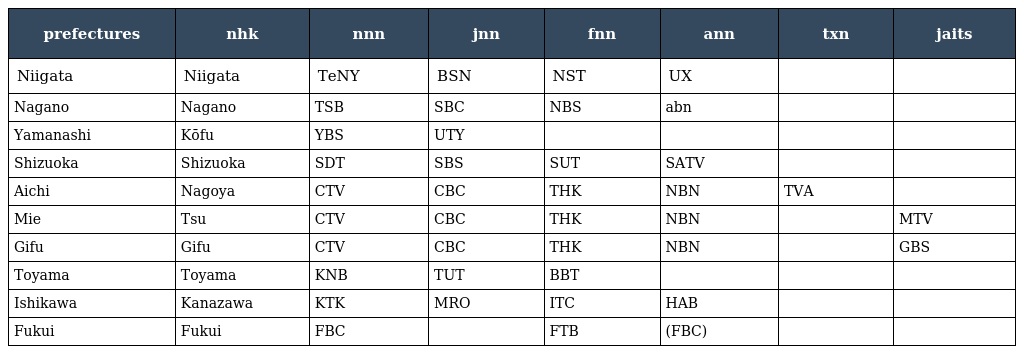
| prefectures | nhk | nnn | jnn | fnn | ann | txn | jaits |
 | --- | --- | --- | --- | --- | --- | --- | --- |
 | Niigata | Niigata | TeNY | BSN | NST | UX |  |  |
 | Nagano | Nagano | TSB | SBC | NBS | abn |  |  |
 | Yamanashi | Kōfu | YBS | UTY |  |  |  |  |
 | Shizuoka | Shizuoka | SDT | SBS | SUT | SATV |  |  |
 | Aichi | Nagoya | CTV | CBC | THK | NBN | TVA |  |
 | Mie | Tsu | CTV | CBC | THK | NBN |  | MTV |
 | Gifu | Gifu | CTV | CBC | THK | NBN |  | GBS |
 | Toyama | Toyama | KNB | TUT | BBT |  |  |  |
 | Ishikawa | Kanazawa | KTK | MRO | ITC | HAB |  |  |
 | Fukui | Fukui | FBC |  | FTB | (FBC) |  |  |